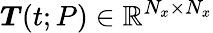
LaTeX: \boldsymbol{T}(t;P)\in\mathbb{R}^{N_{x}\times N_{x}}